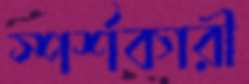
স্পর্শকারী